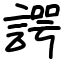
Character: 諤